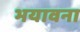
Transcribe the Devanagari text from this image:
भयावना